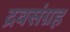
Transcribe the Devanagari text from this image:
द्रवसंग्रह